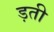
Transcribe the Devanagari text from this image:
ड़ती